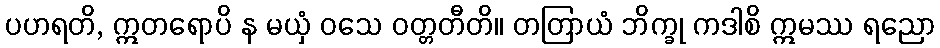
ပဟရတိ, ဣတရောပိ န မယှံ ဝသေ ဝတ္တတီတိ။ တတြာယံ ဘိက္ခု ကဒါစိ ဣမဿ ရညော